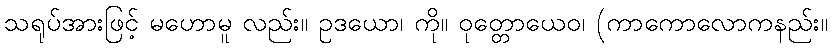
သရုပ်အားဖြင့် မဟောမူ လည်း။ ဥဒယော၊ ကို။ ဝုတ္တောယေဝ၊ (ကာကောလောကနည်း။